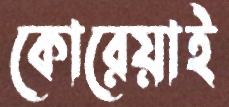
কোরেয়াই